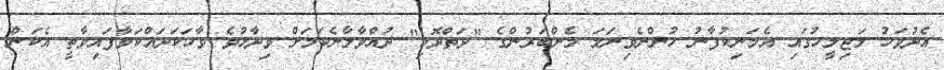
އެދުވަހު މަޖިލީހުގައި އެމަނިކުފާނު ހުންނެވިނަމަ މެންބަރުންގެ "ދަތްދޮޅި" ދުއްވާލާނެކަމަށް ވިދާޅުވެ ވާހަކަދައްކަވާފައިވާތީ އެކަން